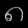
Digit: ၈